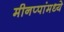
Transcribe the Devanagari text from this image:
मीनप्पांमध्ये